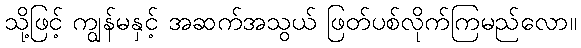
သို့ဖြင့် ကျွန်မနှင့် အဆက်အသွယ် ဖြတ်ပစ်လိုက်ကြမည်လော။